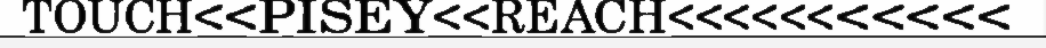
TOUCH<<PISEY<<REACH<<<<<<<<<<<